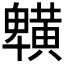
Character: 𪏒